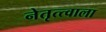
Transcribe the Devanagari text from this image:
नेतृत्त्वाला